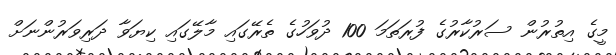
މީގެ އިތުރުން ސަރުކާރުގެ ފުރަތަމަ 100 ދުވަހުގެ ތެރޭގައި މާލޭގައި ކިޔަވާ ދަރިވަރުންނަށް